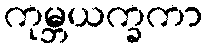
ကုမ္ဘယက္ခကာ